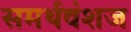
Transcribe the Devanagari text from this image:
समर्थवंशज